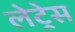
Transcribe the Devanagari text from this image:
लेट्रेस